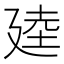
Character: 𫸒